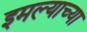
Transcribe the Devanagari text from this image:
इमल्याच्या